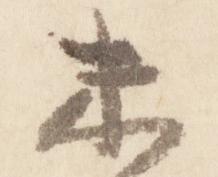
末